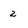
Character: 2